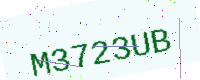
Text: M3723UB